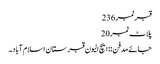
قبرنمبر 236
پلاٹ نمبر 20
جائے مدفن:: ایچ الیون قبرستان اسلام آباد۔